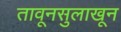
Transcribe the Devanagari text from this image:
तावूनसुलाखून